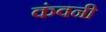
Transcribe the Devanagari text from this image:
कंवनी